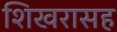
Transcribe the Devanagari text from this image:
शिखरासह